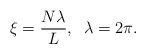
\begin{align*}\xi = \frac{N \lambda}{L}, \;\;\lambda =2\pi.\end{align*}